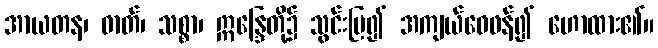
အာယတန၊ ဓာတ်၊ သစ္စာ၊ ဣန္ဒြေတို့၌ သွင်းပြ၍ အကျယ်ဝေဖန်၍ ဟောထား၏။